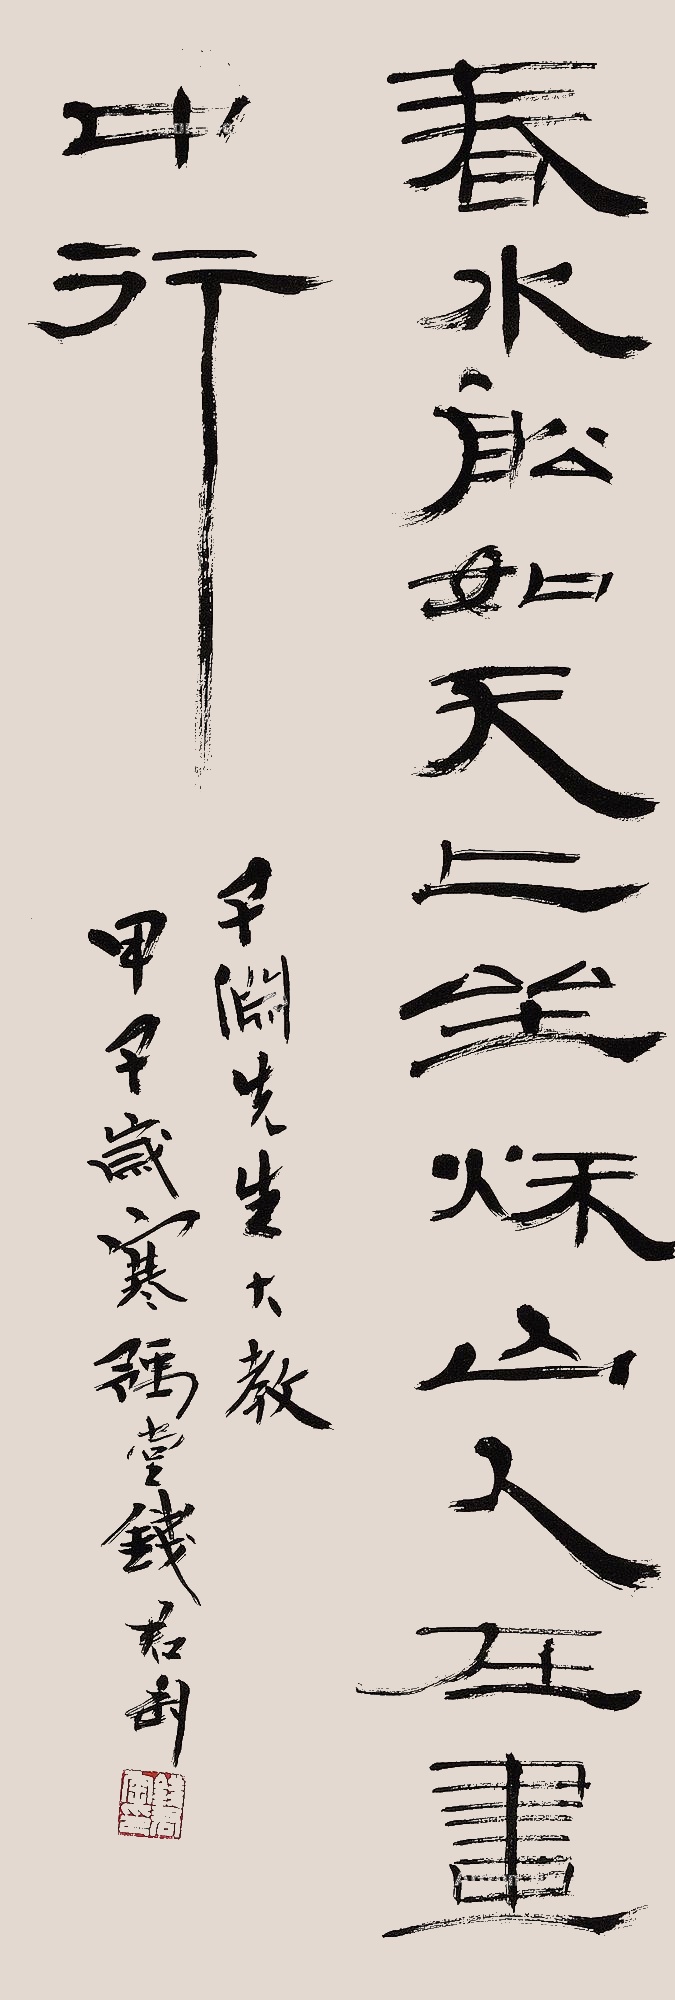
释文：春水船如天上坐，秋山人在画中行。子渊先生大教。甲子岁寒，■堂钱君匋。